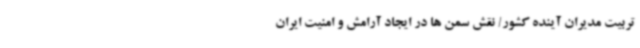
تربیت مدیران آینده کشور/ نقش سمن ها در ایجاد آرامش و امنیت ایران